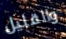
والقليل